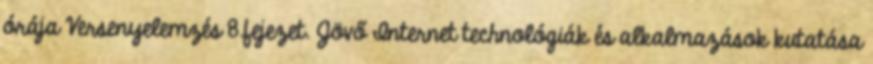
órája Versenyelemzés 8.fejezet. Jövő Internet technológiák és alkalmazások kutatása